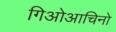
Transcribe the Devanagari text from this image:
गिओआचिनो